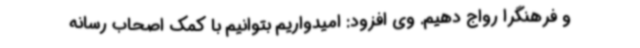
و فرهنگرا رواج دهیم. وی افزود: امیدواریم بتوانیم با کمک اصحاب رسانه